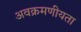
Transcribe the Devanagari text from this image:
अवक्रमणीयता